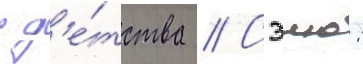
с д'е́тства // Сэию: